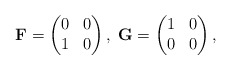
\begin{align*}\mathbf{F} = \begin{pmatrix}0 & 0\\1 & 0\end{pmatrix} ,\; \mathbf{G} = \begin{pmatrix}1 & 0\\0 & 0\end{pmatrix}, \end{align*}